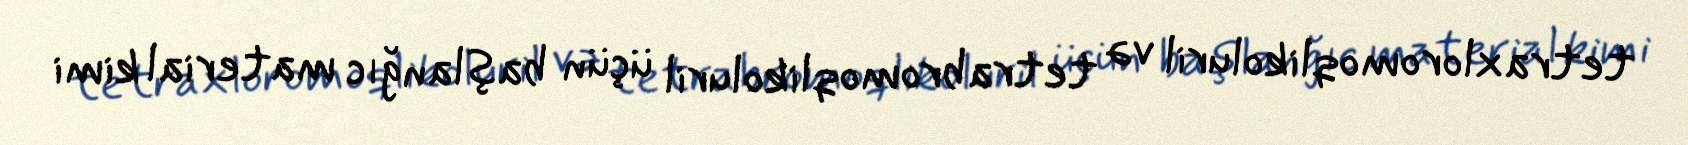
tetraxloromoqlikoluril və tetrabromoqlikoluril üçün başlanğıc material kimi